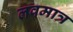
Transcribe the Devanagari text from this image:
लवमात्र